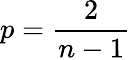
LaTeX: p=\frac{2}{n-1}